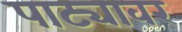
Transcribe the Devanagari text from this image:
पाट्यावर